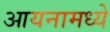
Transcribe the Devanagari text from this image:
आयनामध्ये